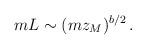
LaTeX: \begin{align*}m L \sim (m z_M)^{b/2} \,.\end{align*}